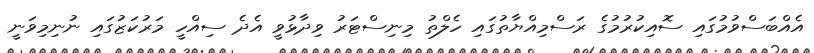
އެއްބަސްވުމުގައި ސޮއިކުރުމުގެ ރަސްމިއްޔާތުގައި ހެލްތު މިނިސްޓަރު ވިދާޅުވީ އެދެ ސިއްހީ މަރުކަޒުގައި ނުނިމިވަނީ